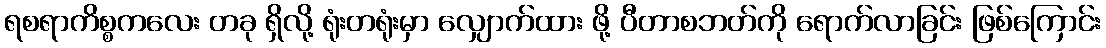
ရစရာကိစ္စကလေး တခု ရှိလို့ ရုံးတရုံးမှာ လျှောက်ထား ဖို့ ပီတာစဘတ်ကို ရောက်လာခြင်း ဖြစ်ကြောင်း